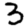
Digit: 3